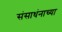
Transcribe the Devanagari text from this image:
संसाधंनाच्या